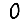
Digit: 0